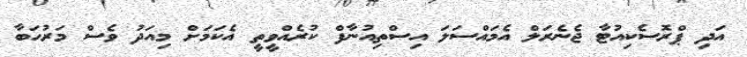
އަދި ޕްރޮސެކިއުޓާ ޖެނެރަލް އެމައްސަލަ އިސްތިއުނާފް ކުރެއްވީތީ އެކަމަށް މިއަދު ވެސް މަރުހަބާ